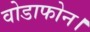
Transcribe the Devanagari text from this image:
वोडाफोन।